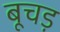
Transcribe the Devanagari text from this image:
बूचड़